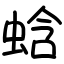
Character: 蛿